Report on sanitation, dispensaries, and jails in Rajputana for 1911, and on vaccination for the year 1911-1912 - 1911-1912
Year: 1911
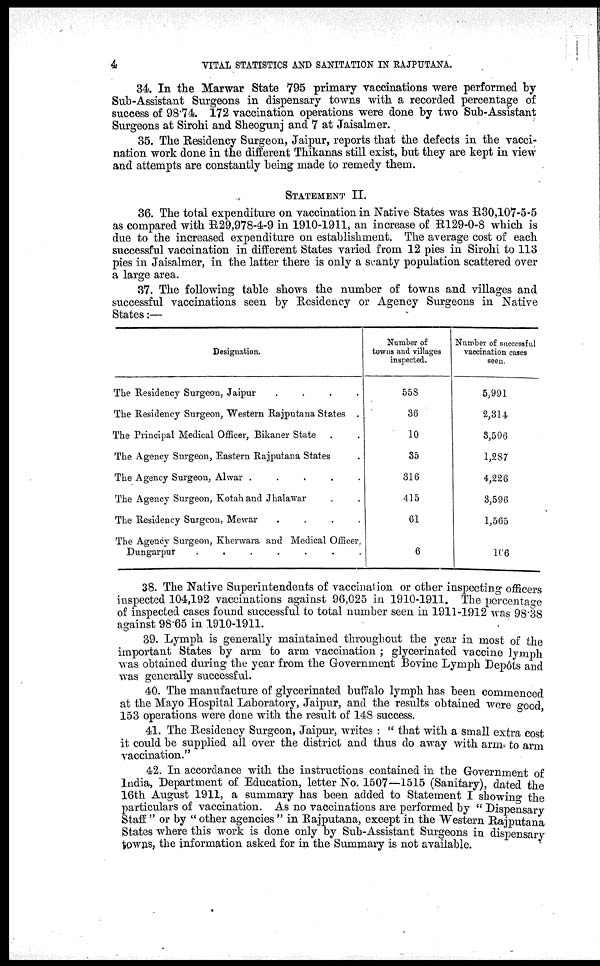
4
VITAL STATISTICS AND SANITATION IN RAJPUTANA.
34. In the Marwar State 795 primary vaccinations were performed by-
Sub-Assistant Surgeons in dispensary towns with a recorded percentage of
success of 98.74. 172 vaccination operations were done by two Sub-Assistant
Surgeons at Sirohi and Sheogunj and 7 at Jaisalmer.
35. The Residency Surgeon, Jaipur, reports that the defects in the vacci-
nation work done in the different Thikanas still exist, but they are kept in view
and attempts are constantly being made to remedy them.
STATEMENT II.
36. The total expenditure on vaccination in Native States was R30,107-5-5
as compared with R29,978-4-9 in 1910-1911, an increase of R129-0-8 which is
due to the increased expenditure on establishment. The average cost of each
successful vaccination in different States varied from 12 pies in Sirohi to 113
pies in Jaisalmer, in the latter there is only a scanty population scattered over
a large area.
37. The following table shows the number of towns and villages and
successful vaccinations seen by Residency or Agency Surgeons in Native
States:—
Designation.
The Residency Surgeon, Jaipur . . . . .
The Residency Surgeon, Western Rajputana States .
The Principal Medical Officer, Bikaner State . .
The Agency Surgeon, Eastern Rajputana States . .
The Agency Surgeon, Alwar
.
.
.
.
The Agency Surgeon, Kotah and Jhalawar . .
The Residency Surgeon, Mewar
.
.
.
.
.
The Agency Surgeon, Kherwara and Medical Officer,
Dungarpur
.
.
.
.
.
Number of
towns and villages
inspected.
558
36
10
35
316
415
61
6
Number of successful
vaccination cases
seen.
5,991
2,314
3,506
1,287
4,226
3,596
1,565
106
38. The Native Superintendents of vaccination or other inspecting officers
inspected 104,192 vaccinations against 96,025 in 1910-1911. The percentage
of inspected cases found successful to total number seen in 1911-1912 was 98.38
against 98.65 in 1910-1911.
39. Lymph is generally maintained throughout the year in most of the
important States by arm to arm vaccination ; glycerinated vaccine lymph
was obtained during the year from the Government Bovine Lymph Depôts and
was generally successful.
40. The manufacture of glycerinated buffalo lymph has been commenced
at the Mayo Hospital Laboratory, Jaipur, and the results obtained were good,
153 operations were done with the result of 148 success.
41. The Residency Surgeon, Jaipur, writes : " that with a small extra cost
it could be supplied all over the district and thus do away with arm to arm
vaccination."
42. In accordance with the instructions contained in the Government of
India, Department of Education, letter No. 1507—1515 (Sanitary), dated the
16th August 1911, a summary has been added to Statement I showing the
particulars of vaccination. As no vaccinations are performed by " Dispensary
Staff " or by " other agencies " in Rajputana, except in the Western Rajputana
States where this work is done only by Sub-Assistant Surgeons in dispensary
towns, the information asked for in the Summary is not available.